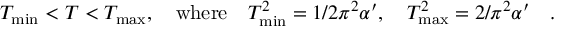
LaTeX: T _ { \mathrm { m i n } } < T < T _ { \mathrm { m a x } } , \quad \mathrm { w h e r e } \quad T _ { \mathrm { m i n } } ^ { 2 } = 1 / 2 \pi ^ { 2 } \alpha ^ { \prime } , \quad T _ { \mathrm { m a x } } ^ { 2 } = 2 / \pi ^ { 2 } \alpha ^ { \prime } \quad .